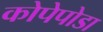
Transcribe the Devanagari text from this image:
कोपेपोडा